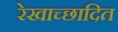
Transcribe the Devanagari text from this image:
रेखाच्छादित